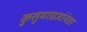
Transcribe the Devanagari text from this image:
कुसुमाग्रजांनंतर